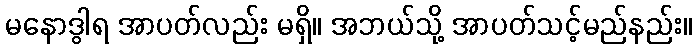
မနောဒွါရ အာပတ်လည်း မရှိ။ အဘယ်သို့ အာပတ်သင့်မည်နည်း။